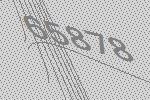
65878